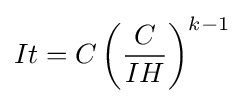
It=C\left({\frac {C}{IH}}\right)^{k-1}